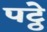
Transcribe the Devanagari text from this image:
पट्ठे